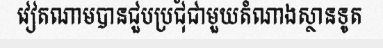
វៀតណាមបានជួបប្រជុំជាមួយតំណាងស្ថានទូត